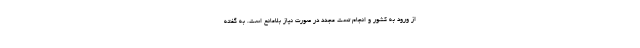
از ورود به کشور و انجام تست مجدد در صورت نیاز بلامانع است. به گفته